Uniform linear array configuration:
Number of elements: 4
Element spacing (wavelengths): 0.75
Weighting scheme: binomial
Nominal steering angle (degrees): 45
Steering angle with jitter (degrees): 46.911
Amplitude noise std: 0.05
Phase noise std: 0.05

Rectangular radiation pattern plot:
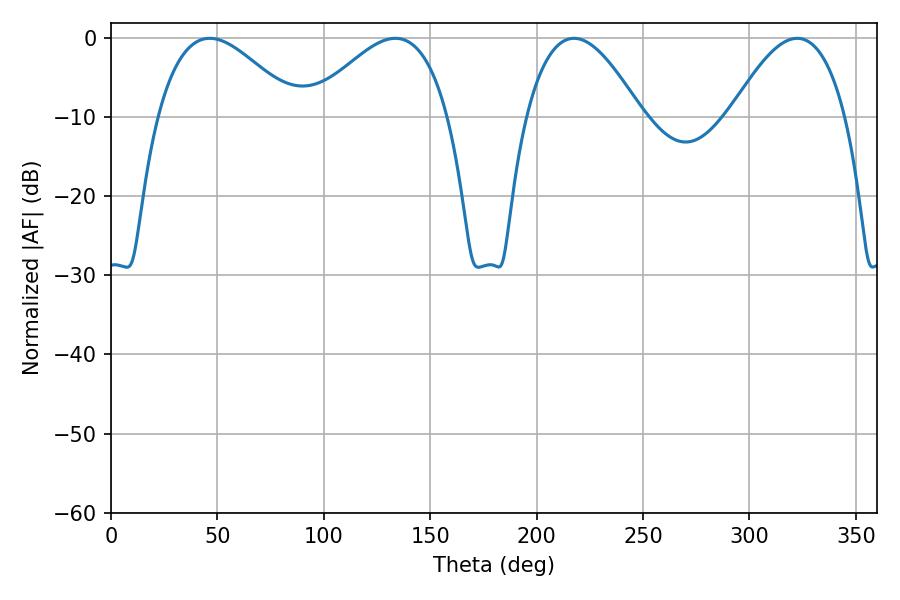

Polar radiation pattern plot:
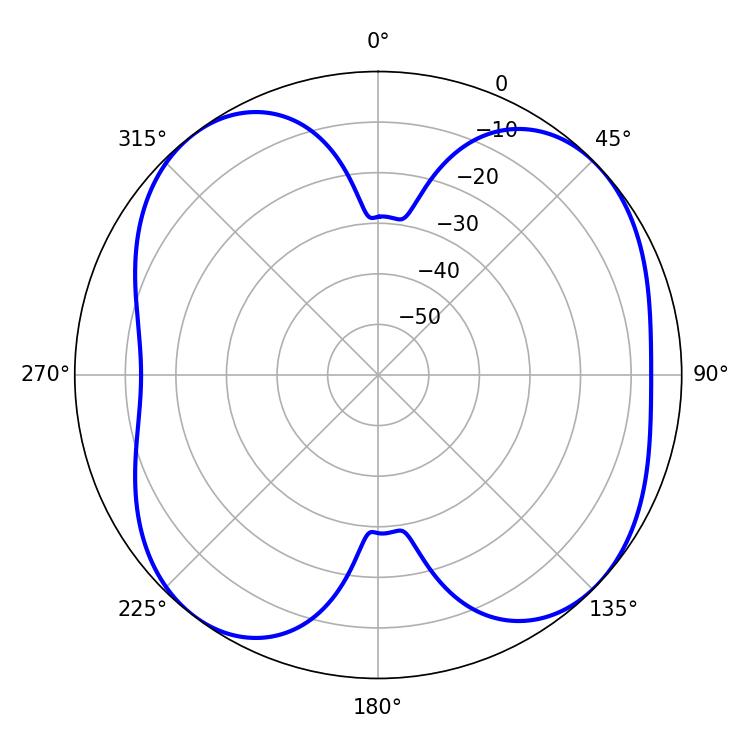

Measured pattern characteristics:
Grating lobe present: TRUE
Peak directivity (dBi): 8.182
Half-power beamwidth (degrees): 35.64
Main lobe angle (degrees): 46.44